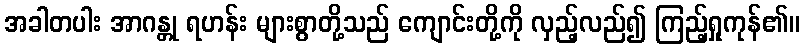
အခါတပါး အာဂန္တု ရဟန်း များစွာတို့သည် ကျောင်းတို့ကို လှည့်လည်၍ ကြည့်ရှုကုန်၏။